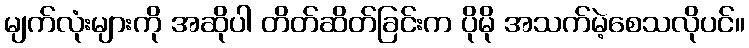
မျက်လုံးများကို အဆိုပါ တိတ်ဆိတ်ခြင်းက ပိုမို အသက်မဲ့စေသလိုပင်။